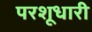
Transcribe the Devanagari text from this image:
परशूधारी